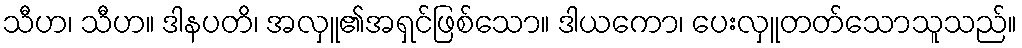
သီဟ၊ သီဟ။ ဒါနပတိ၊ အလှူ၏အရှင်ဖြစ်သော။ ဒါယကော၊ ပေးလှူတတ်သောသူသည်။